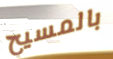
بالمسيح